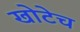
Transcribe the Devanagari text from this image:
खोटेच